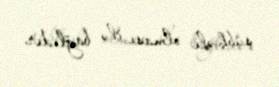
şübhəli olması ilə bağlıdır.